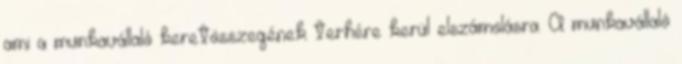
ami a munkavállaló keretösszegének terhére kerül elszámolásra. A munkavállaló